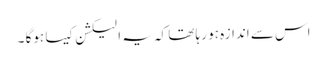
اس سے اندازہ ہو رہا تھا کہ یہ الیکشن کیسا ہوگا ۔